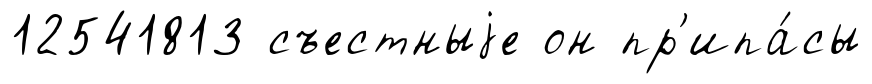
12541813 съестныjе он пр'ипа́сы